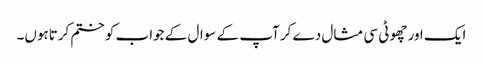
ایک اور چھوٹی سی مثال دے کر آپ کے سوال کے جواب کو ختم کرتاہوں۔